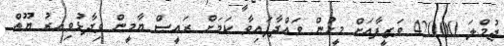
ޖުމްލަ 42000 ވަޒީފާއަށް މީހުން ވައްދާފައިވާ ކަމަށް ރައީސް ޔާމީން ވިދާޅުވިއރު ޔޫތް